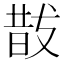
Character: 𭣚